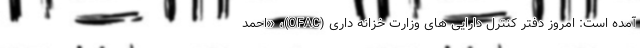
آمده است: امروز دفتر کنترل دارایی های وزارت خزانه داری (OFAC)، «احمد